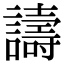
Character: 譸